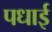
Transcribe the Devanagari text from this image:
पधाई